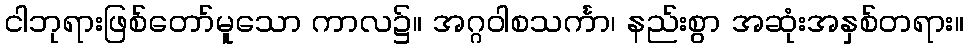
ငါဘုရားဖြစ်တော်မူသော ကာလ၌။ အဂ္ဂဝါစသင်္ကာ၊ နည်းစွာ အဆုံးအနှစ်တရား။